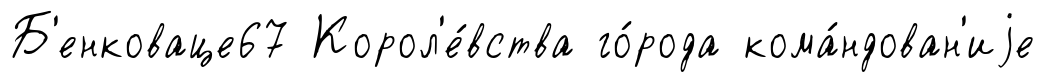
Б'енковаце67 Корол'е́вства го́рода кома́ндован'иjе